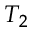
T _ { 2 }